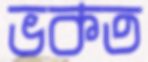
ভকত